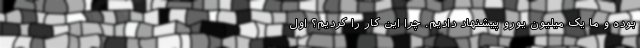
بوده و ما یک میلیون یورو پیشنهاد دادیم. چرا این کار را کردیم؟ اول